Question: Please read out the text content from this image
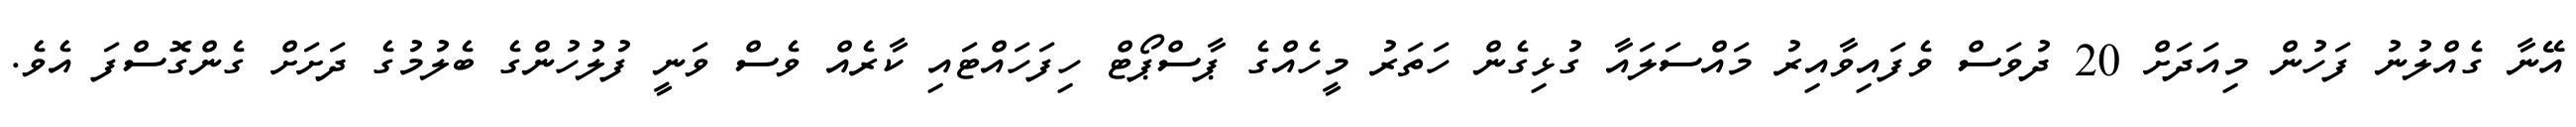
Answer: އޭނާ ގެއްލުނު ފަހުން މިއަދަށް 20 ދުވަސް ވެފައިވާއިރު މައްސަލައާ ގުޅިގެން ހަތަރު މީހެއްގެ ޕާސްޕޯޓް ހިފަހައްޓައި ކާރެއް ވެސް ވަނީ ފުލުހުންގެ ބެލުމުގެ ދަށަށް ގެންގޮސްފަ އެވެ.